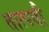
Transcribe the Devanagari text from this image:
तात्पदौ